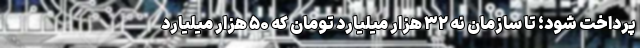
پرداخت شود؛ تا سازمان نه ۳۲ هزار میلیارد تومان که ۵۰ هزار میلیارد